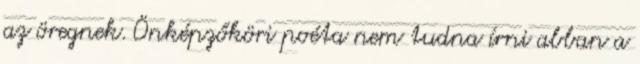
az öregnek. Önképzőköri poéta nem tudna írni abban a